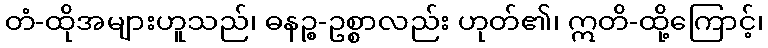
တံ-ထိုအများဟူသည်၊ ဓနဉ္စ-ဥစ္စာလည်း ဟုတ်၏၊ ဣတိ-ထို့ကြောင့်၊